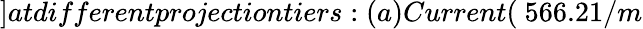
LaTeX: ]atdifferentprojectiontiers:(a)Current(\ 566.21/m